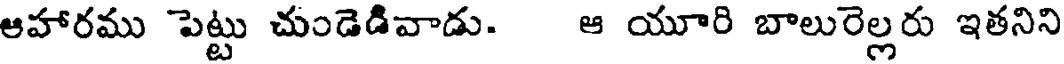
ఆహారము పెట్టు చుండెడివాడు. ఆ యూరి బాలురెల్లరు ఇతనిని